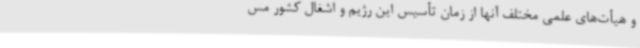
و هیأت‌های علمی مختلف آنها از زمان تأسیس این رژیم و اشغال کشور مس